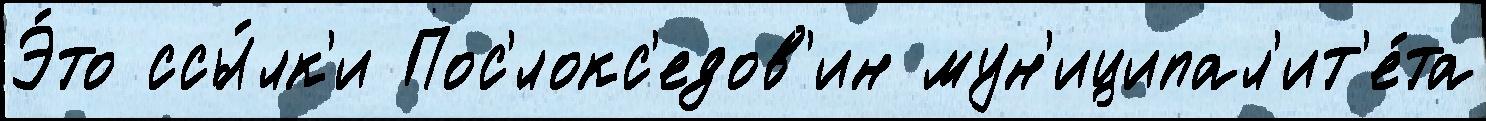
Э́то ссы́лк'и Пос'́локс'едов'ин мун'иципал'ит'е́та